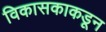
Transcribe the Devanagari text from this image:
विकासकाकडून